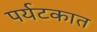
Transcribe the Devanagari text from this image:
पर्यटकात